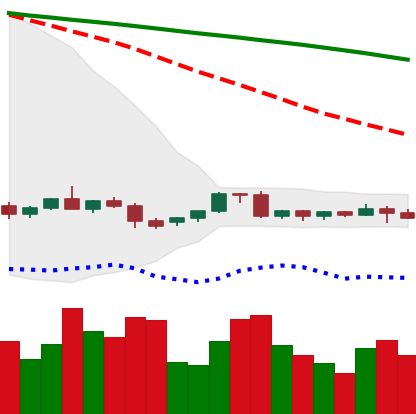
Ticker: EOS-USD
Chart end date: 2022-06-08
Forward return: -27.062%
Label: down_7plus